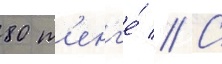
80 т'енг'е́ // С